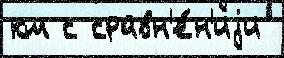
км с сравн'е́н'иjи